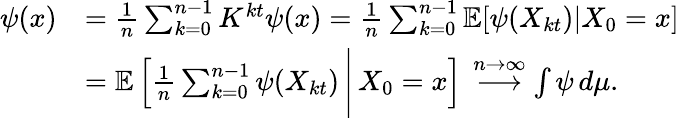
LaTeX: \begin{array}{rl}{\psi(x)}&{=\frac 1n\sum_{k=0}^{n-1}K^{kt}\psi(x)=\frac 1n\sum_{k=0}^{n-1}\mathbb E[\psi(X_{kt})|X_{0}=x]}\\ &{=\mathbb E\left[\frac 1n\sum_{k=0}^{n-1}\psi(X_{kt})\, \Bigg|\, X_{0}=x\right]\, \overset{n\to\infty}{\longrightarrow}\int\psi\, d\mu.}\end{array}